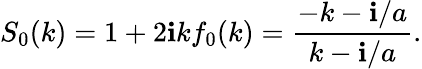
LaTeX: S_{0}(k)=1+2\mathbf{i}kf_{0}(k)=\frac{{-k-\mathbf{i}/a}}{{k-\mathbf{i}/a}}.